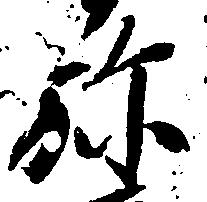
弥